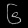
Digit: ၆